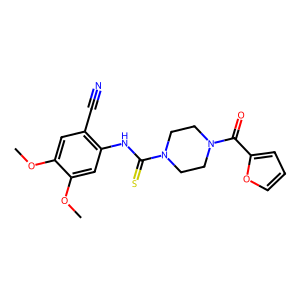
SMILES: COc1cc(C#N)c(NC(=S)N2CCN(C(=O)c3ccco3)CC2)cc1OC
Inhibits HIV replication: No